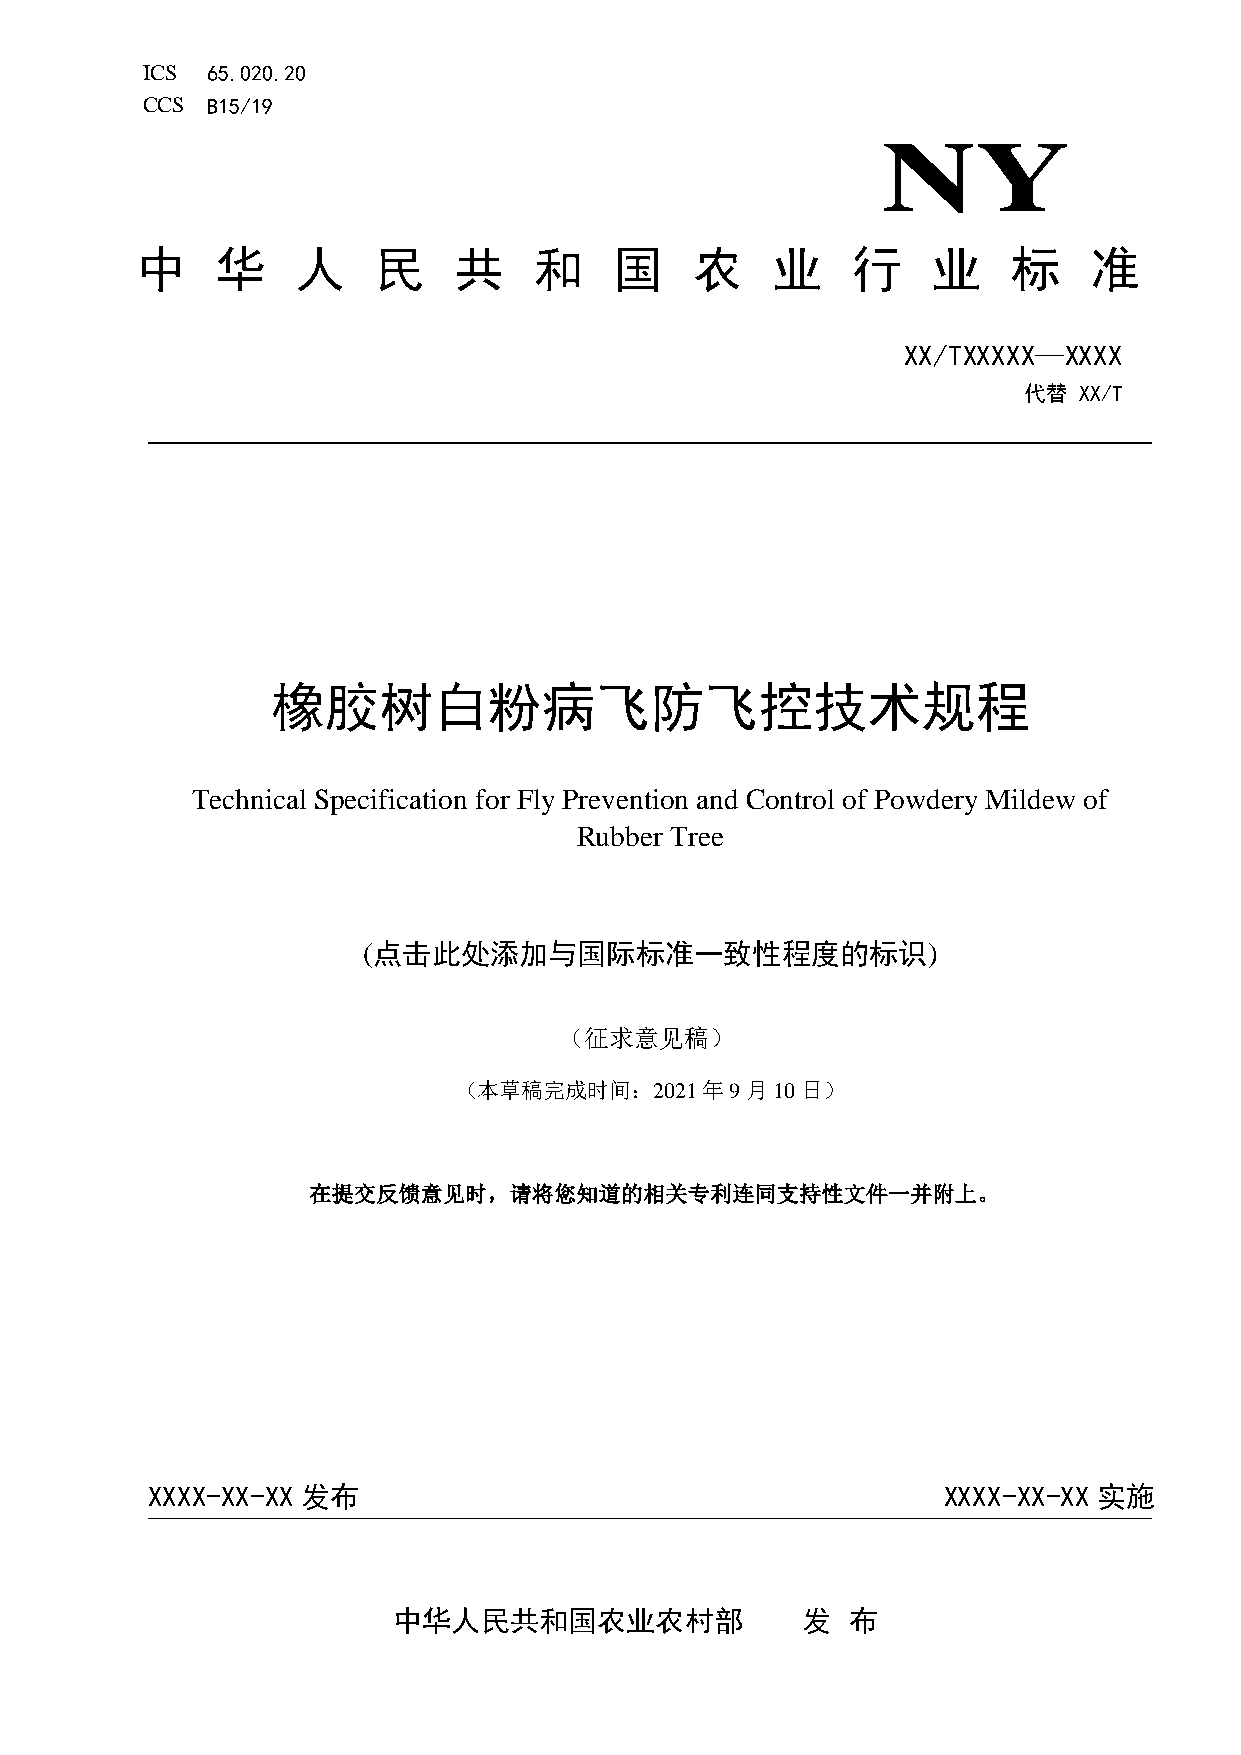
ICS  65.020.20
 CCS  B15/19
 NY
 中    华     人    民    共    和     国    农    业    行     业    标    准
 XX/TXXXXX—XXXX
 代替 XX/T
 橡胶树白粉病飞                  防飞控技术规程
 Technical Specification for Fly Prevention and Control of Powdery Mildew of
 Rubber Tree
 (点击此处添加与国际标准一致性程度的标识)
 （征求意见稿）
 （本草稿完成时间：2021年9月10日）
 在提交反馈意见时，请将您知道的相关专利连同支持性文件一并附上。
 XXXX-XX-XX 发布                                       XXXX-XX-XX 实施
 中华人民共和国农业农村部               发  布